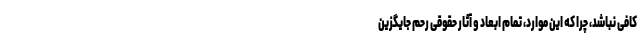
کافی نباشد، چرا که این موارد، تمام ابعاد و آثار حقوقی رحم جایگزین